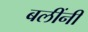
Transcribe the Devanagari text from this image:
बलींनीं